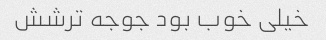
خیلی خوب بود جوجه ترشش